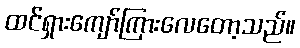
ထင်ရှားကျော်ကြားလေတော့သည်။